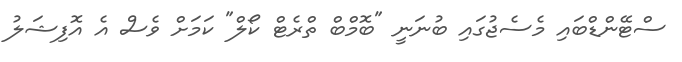
ސްޓޭންޑްބައި މެސެޖުގައި ބުނަނީ "ބޮމްބް ތްރެޓް ކޯލް" ކަމަށް ވެސް އެ އޮފިޝަލު